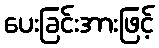
ပေးခြင်းအားဖြင့်